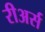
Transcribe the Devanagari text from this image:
रीअर्स